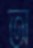
অ